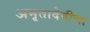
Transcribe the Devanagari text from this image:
अमृतादेवीचा